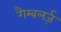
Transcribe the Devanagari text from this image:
गैम्बलर्ज़